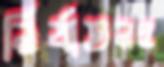
নির্যাতনও